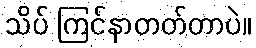
သိပ် ကြင်နာတတ်တာပဲ။